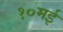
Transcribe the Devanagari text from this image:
१०मई